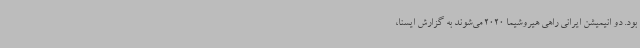
بود. دو انیمیشن ایرانی راهی هیروشیما 2020 می‌شوند به گزارش ایسنا،